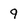
Character: 9